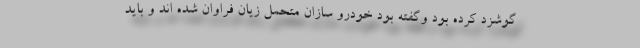
گوشزد کرده بود وگفته بود خودرو سازان متحمل زیان فراوان شده اند و باید